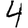
Digit: 4